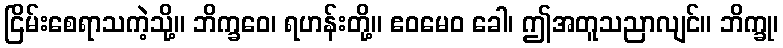
ငြိမ်းစေရာသကဲ့သို့။ ဘိက္ခဝေ၊ ရဟန်းတို့။ ဧဝမေဝ ခေါ၊ ဤအတူသညာလျင်။ ဘိက္ခု၊